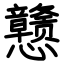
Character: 戆